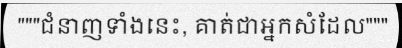
"""ជំនាញទាំងនេះ, គាត់ជាអ្នកសំដែល"""